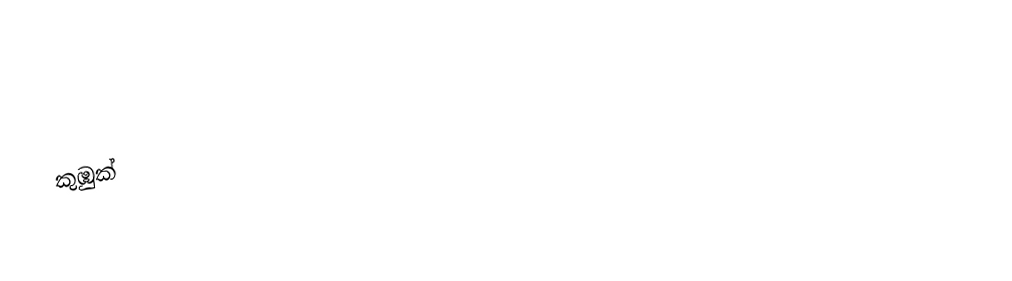
කුඹුක්